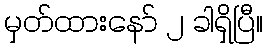
မှတ်ထားနော် ၂ ခါရှိပြီ။